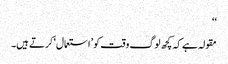
‘‘
مقولہ ہے کہ کچھ لوگ وقت کو ’استعمال‘ کرتے ہیں۔